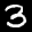
Label: 3